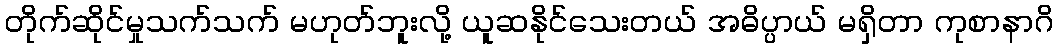
တိုက်ဆိုင်မှုသက်သက် မဟုတ်ဘူးလို့ ယူဆနိုင်သေးတယ် အဓိပ္ပာယ် မရှိတာ ကုစာနာဂိ